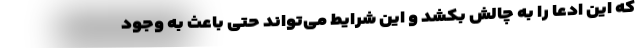
که این ادعا را به چالش بکشد و این شرایط می‌تواند حتی باعث به وجود